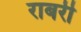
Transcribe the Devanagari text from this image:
राबरी